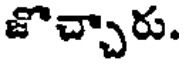
జొచ్చారు.